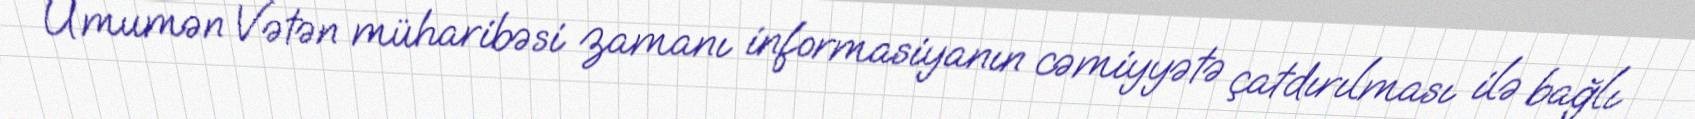
Ümumən Vətən müharibəsi zamanı informasiyanın cəmiyyətə çatdırılması ilə bağlı